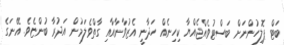
ބަޓް ޕޮލިހުންނަށް ބަސްޓުވެއްޖެއްޔާ ކިހިނެއް ހަދާނީ އެޒުވާނާއާއި ގާތްވެލަމުން އަދުރާ ބުންޏެވެ. އޭނަގެ